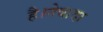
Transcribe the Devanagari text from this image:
है।नेवादा